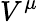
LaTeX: V^{\mu}